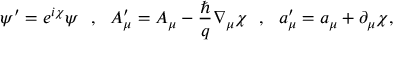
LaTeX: \psi ^ { \prime } = e ^ { i \chi } \psi \ \ , \ \ A _ { \mu } ^ { \prime } = A _ { \mu } - \frac { \hbar } { q } \nabla _ { \mu } \chi \ \ , \ \ a _ { \mu } ^ { \prime } = a _ { \mu } + \partial _ { \mu } \chi ,